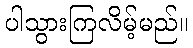
ပါသွားကြလိမ့်မည်။